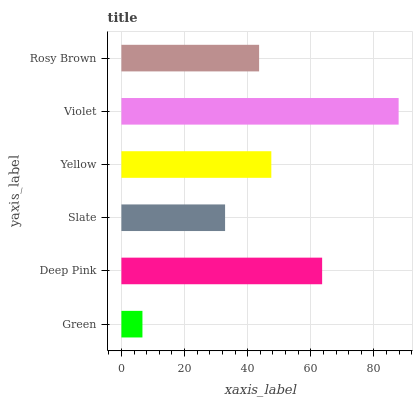
| yaxis_label | bars |
 | --- | --- |
 | Green | 6.67 |
 | Deep Pink | 63.6 |
 | Slate | 32.8 |
 | Yellow | 47.5 |
 | Violet | 87.8 |
 | Rosy Brown | 43.6 |